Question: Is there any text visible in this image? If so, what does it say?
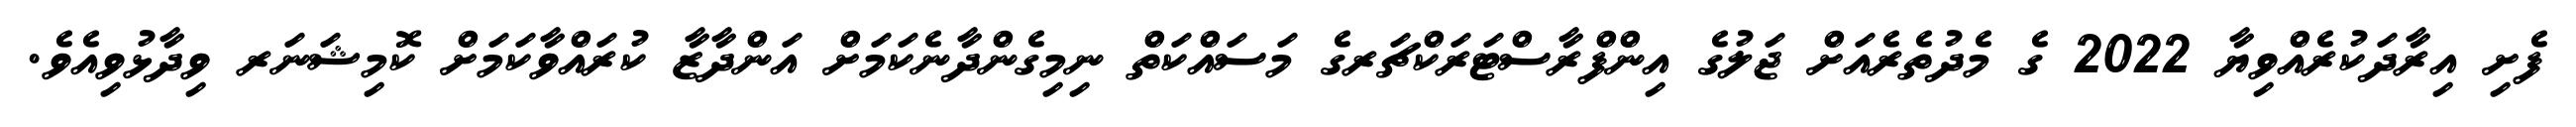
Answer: ފެށި އިރާދަކުރެއްވިޔާ 2022 ގެ މެދުތެރެއަށް ޖަލުގެ އިންފްރާސްޓަރަކްޗަރގެ މަސައްކަތް ނިމިގެންދާނެކަމަށް އަންދާޒާ ކުރައްވާކަމަށް ކޮމިޝަނަރ ވިދާޅުވިއެވެ.